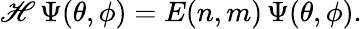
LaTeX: \mathscr{H}\, \Psi(\theta,\phi)=E(n,m)\, \Psi(\theta,\phi).